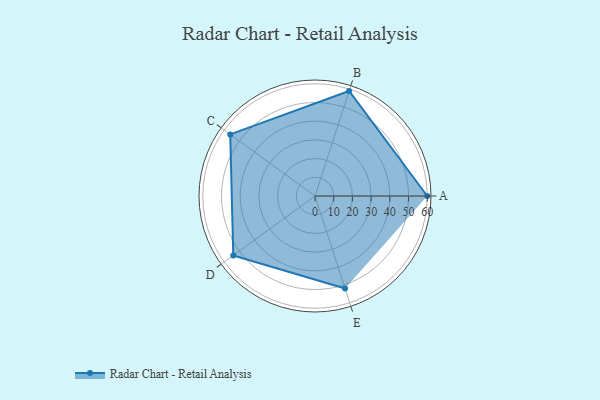
{"axis": {"x": "Skill", "y": "Score"}, "legend": ["Profile"], "data": [{"x": "A", "y": 60.0, "type": "Profile"}, {"x": "B", "y": 59.0, "type": "Profile"}, {"x": "C", "y": 56.0, "type": "Profile"}, {"x": "D", "y": 54.0, "type": "Profile"}, {"x": "E", "y": 52.0, "type": "Profile"}]}